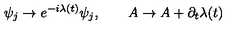
\psi _ { j } \rightarrow e ^ { - i \lambda ( t ) } \psi _ { j } , \qquad A \rightarrow A + \partial _ { t } \lambda ( t )